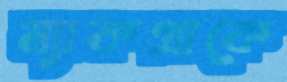
ম্যাকগ্রাকে